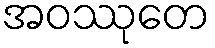
အဝဿုတေ